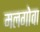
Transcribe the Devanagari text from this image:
मलगोवा